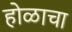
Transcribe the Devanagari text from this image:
होळाचा